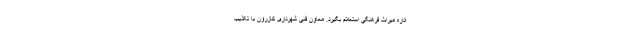
اداره میراث فرهنگی استعلام بگیرد. معاون فنی شهرداری کازرون با تکذیب